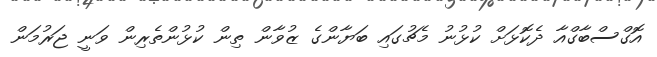
އޮގްސްބާގްއާ ދެކޮޅަށް ކުޅުނު މެޗުގައި ބަޔާންގެ ޒުވާން ތިން ކުޅުންތެރިން ވަނީ ޖަރުމަން